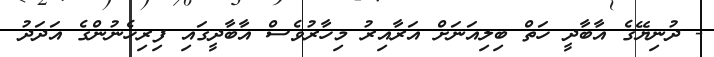
- ދުނިޔޭގެ އާބާދީ ހަތް ބިލިއަނަށް އަރާއިރު މިހާރުވެސް އާބާދީގައި ފިރިހެނުންގެ އަދަދު